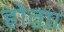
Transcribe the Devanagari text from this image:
होताा